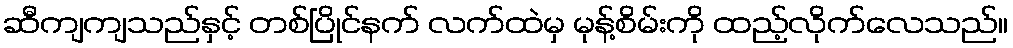
ဆီကျကျသည်နှင့် တစ်ပြိုင်နက် လက်ထဲမှ မုန့်စိမ်းကို ထည့်လိုက်လေသည်။